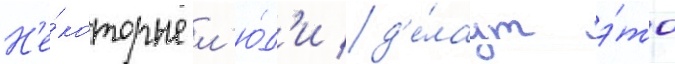
Н'е́которые л'ю́д'и д'е́лаут э́то